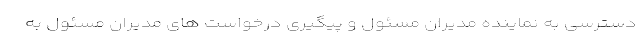
دسترسی به نماینده مدیران مسئول و پیگیری درخواست های مدیران مسئول به